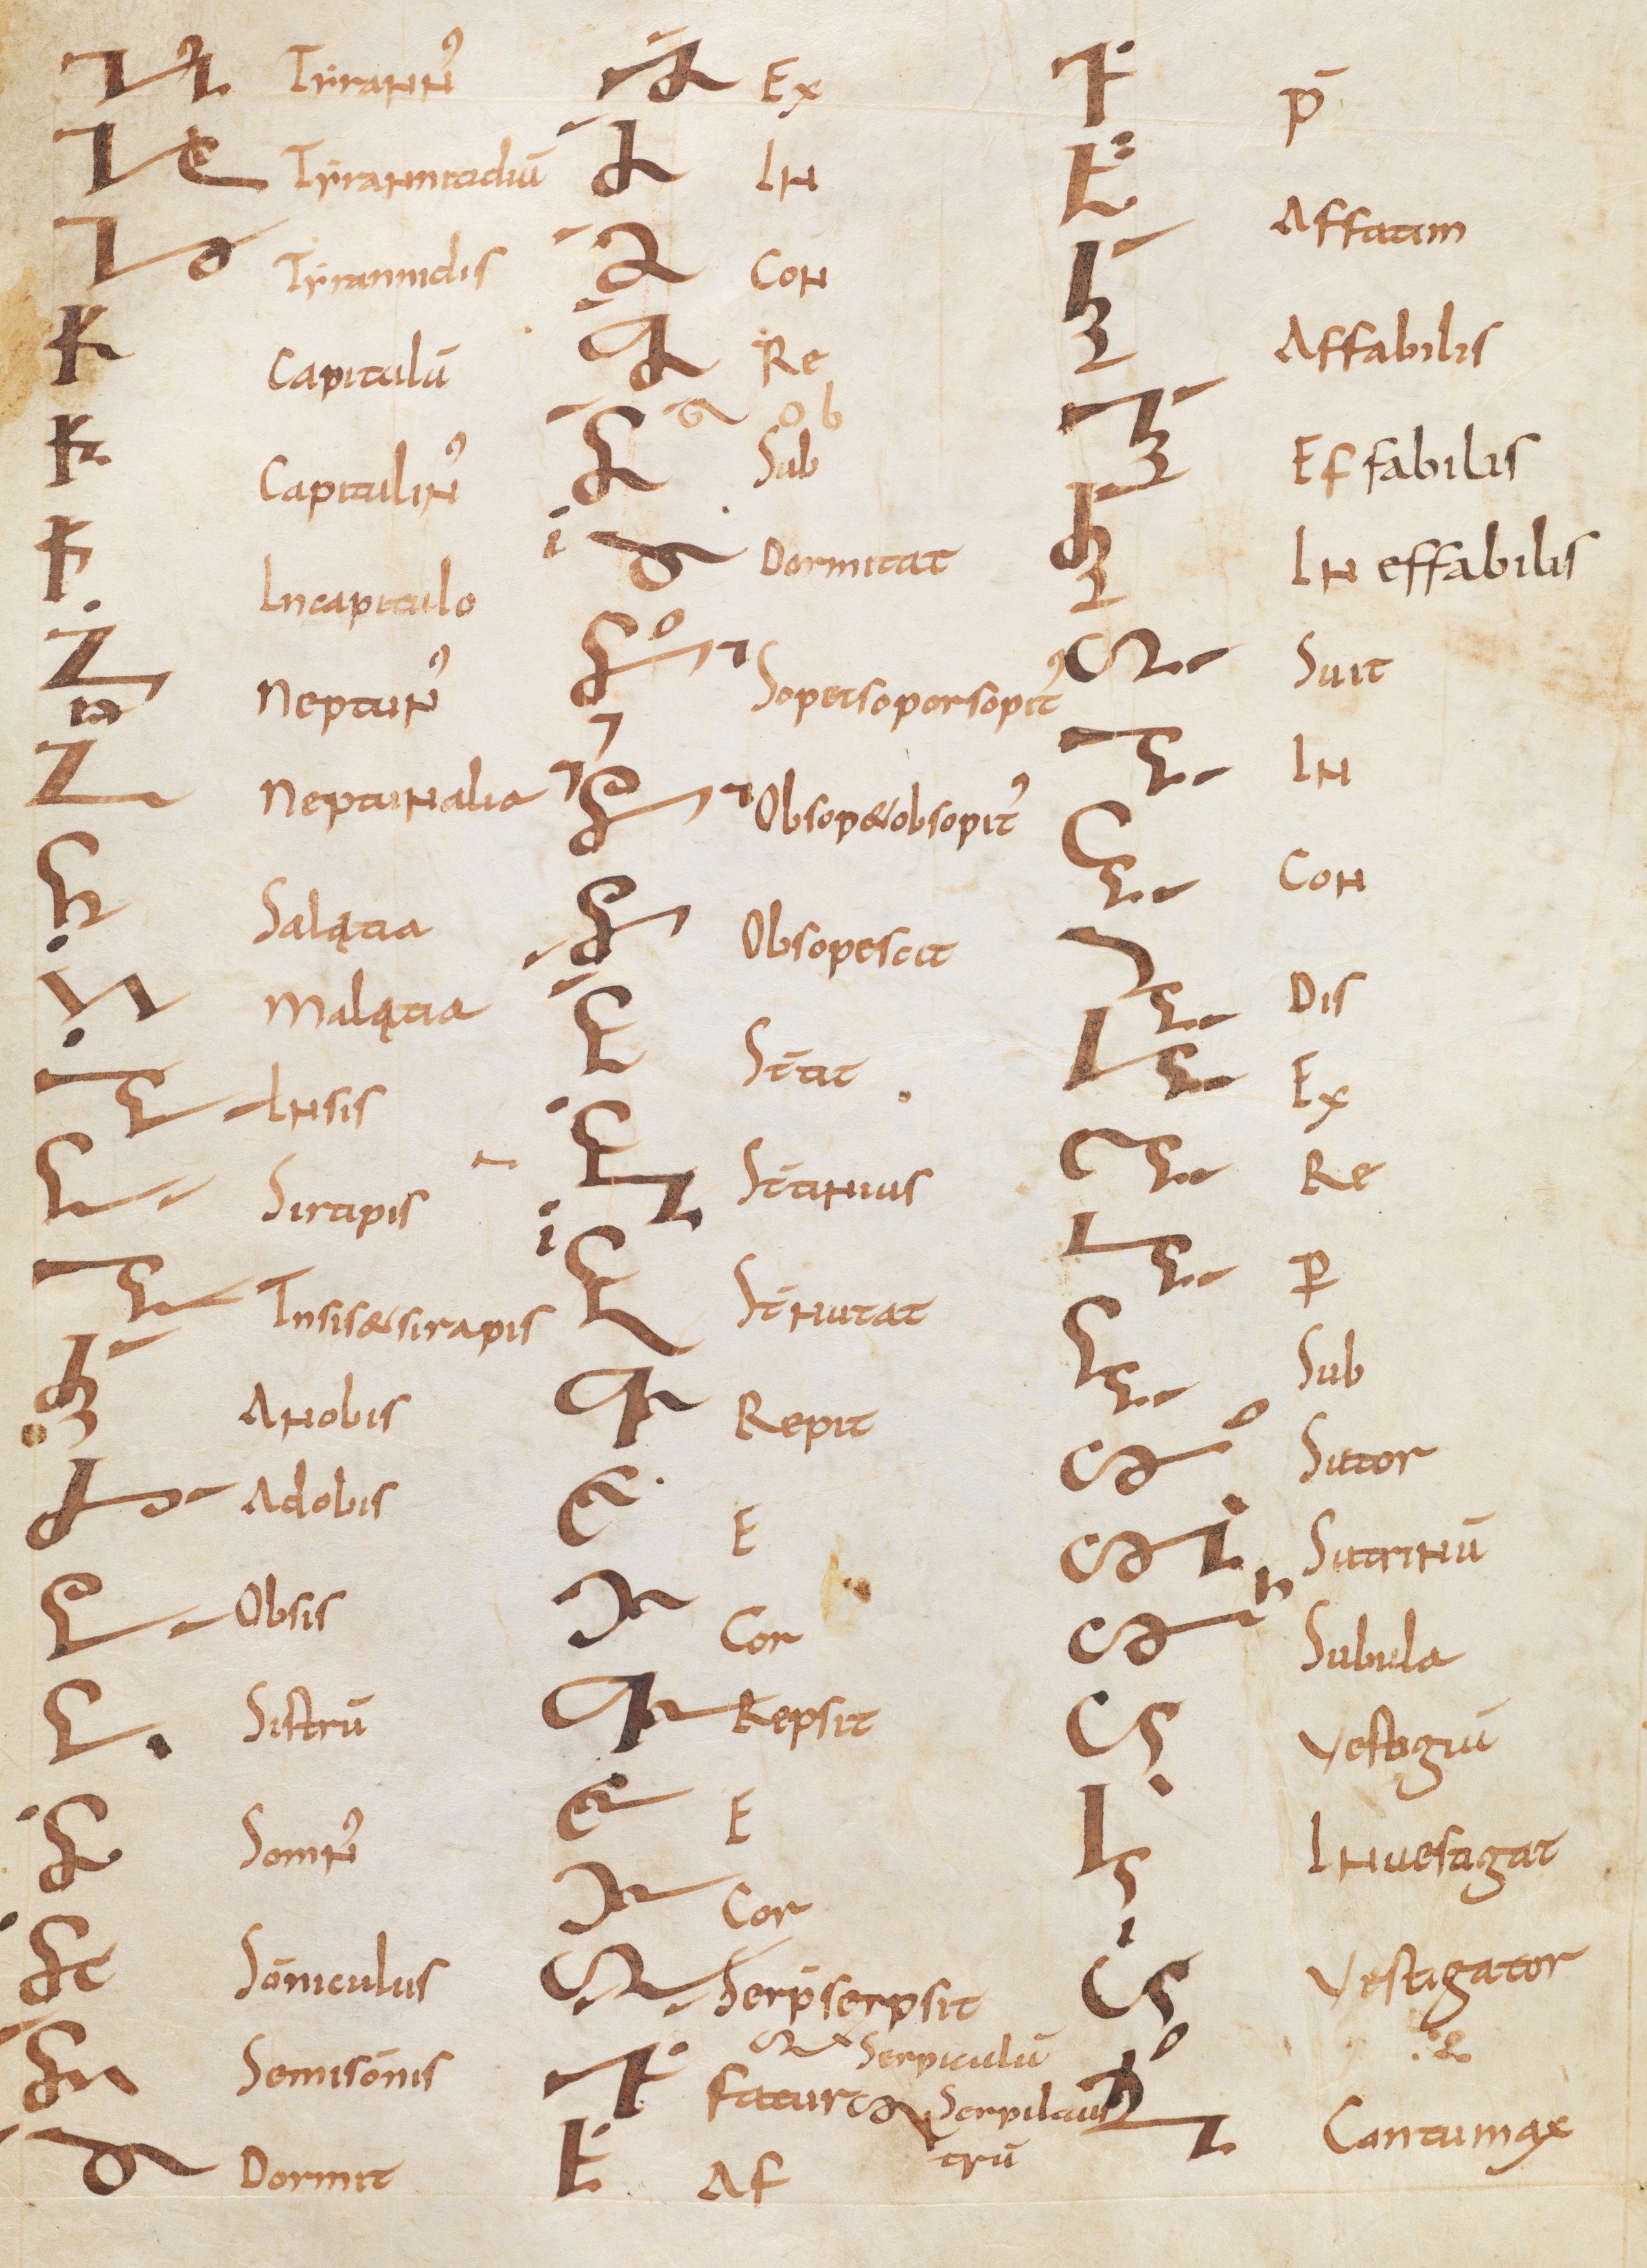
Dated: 800–899